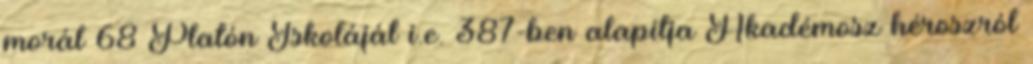
morál 68 Platón Iskoláját i.e. 387-ben alapítja Akadémosz héroszról